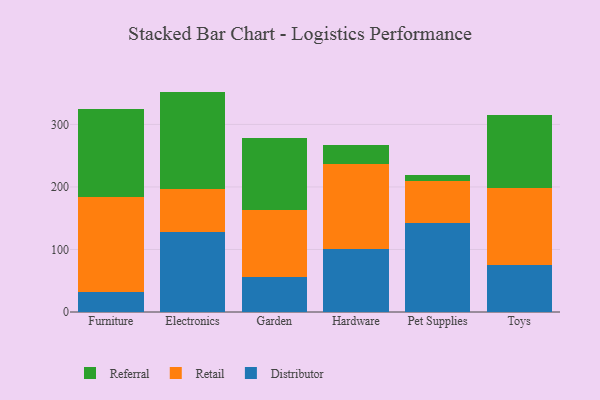
{"axis": {"x": "Category", "y": "Production Output"}, "legend": ["Distributor", "Referral", "Retail"], "data": [{"x": "Furniture", "y": 32.2, "type": "Distributor"}, {"x": "Furniture", "y": 151.1, "type": "Retail"}, {"x": "Furniture", "y": 141.7, "type": "Referral"}, {"x": "Electronics", "y": 127.3, "type": "Distributor"}, {"x": "Electronics", "y": 69.6, "type": "Retail"}, {"x": "Electronics", "y": 155.6, "type": "Referral"}, {"x": "Garden", "y": 55.4, "type": "Distributor"}, {"x": "Garden", "y": 107.8, "type": "Retail"}, {"x": "Garden", "y": 114.6, "type": "Referral"}, {"x": "Hardware", "y": 101.5, "type": "Distributor"}, {"x": "Hardware", "y": 135.6, "type": "Retail"}, {"x": "Hardware", "y": 30.7, "type": "Referral"}, {"x": "Pet Supplies", "y": 142.4, "type": "Distributor"}, {"x": "Pet Supplies", "y": 67.7, "type": "Retail"}, {"x": "Pet Supplies", "y": 9.6, "type": "Referral"}, {"x": "Toys", "y": 75.4, "type": "Distributor"}, {"x": "Toys", "y": 122.8, "type": "Retail"}, {"x": "Toys", "y": 116.3, "type": "Referral"}]}